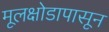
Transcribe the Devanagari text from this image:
मूलक्षोडापासून